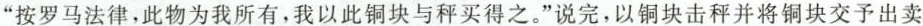
”按罗马法律，此物为我所有，我以此铜块与秤买得之。”说完，以铜块击秤并将铜块交予出卖